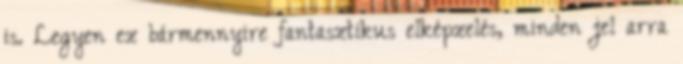
is. Legyen ez bármennyire fantasztikus elképzelés, minden jel arra